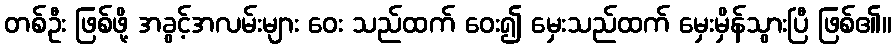
တစ်ဦး ဖြစ်ဖို့ အခွင့်အလမ်းများ ဝေး သည်ထက် ဝေး၍ မှေးသည်ထက် မှေးမှိန်သွားပြီ ဖြစ်၏။